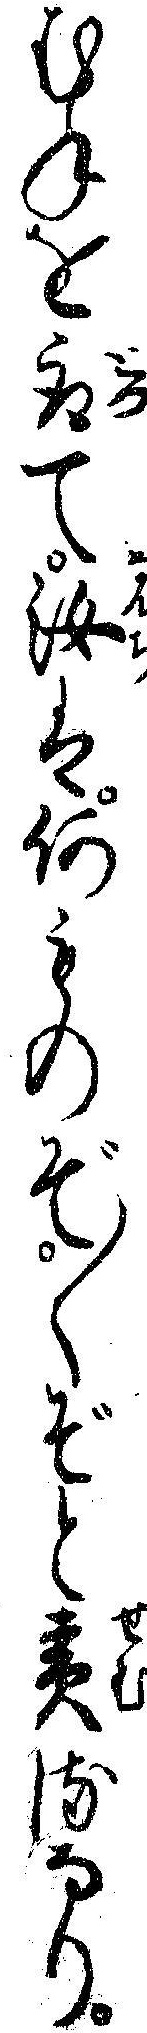
むねを取て汝は何ものぞ〱ぞと責るなり